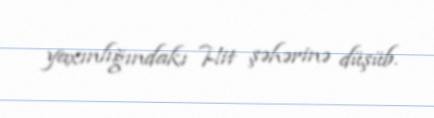
yaxınlığındakı Hit şəhərinə düşüb.